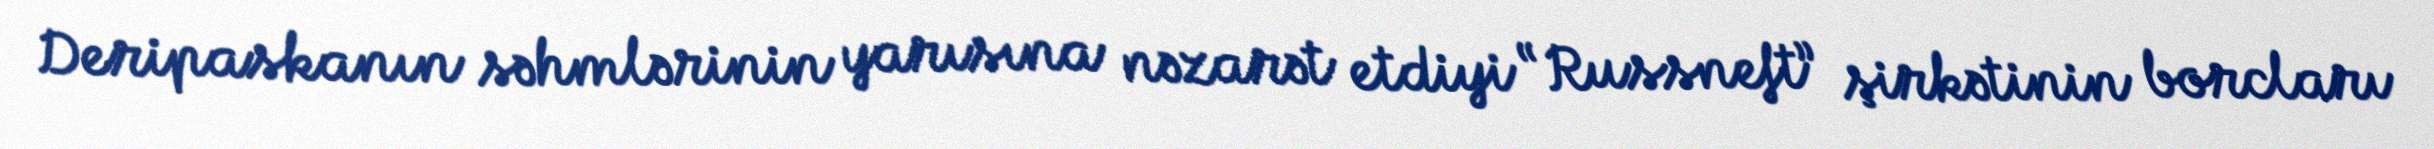
Deripaskanın səhmlərinin yarısına nəzarət etdiyi “Russneft” şirkətinin borcları